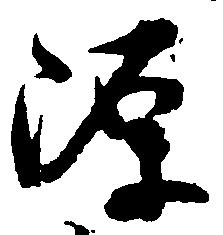
源